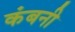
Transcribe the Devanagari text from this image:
कंबनी